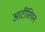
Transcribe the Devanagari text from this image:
आर्टीसियन